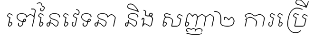
ទៅនៃវេទនា និង សញ្ញា២ ការប្រើ